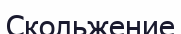
Скольжение